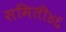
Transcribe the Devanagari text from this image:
समिती४६